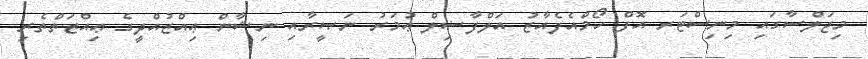
މިޖަލްސާގައި މިނިސްޓަރ އޮފް ހޯމްއެފެއާޒު އަލްފާޟިލް ޢުމަރު ނަޞީރާއި ނިޝާން ޢިއްޒުއްދީގެ ޢިއްޒަތްތެރި